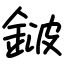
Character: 𨨏